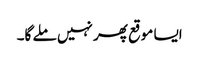
ایسا موقع پھر نہیں ملے گا۔